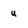
Character: u